Indian journal of veterinary science and animal husbandry - Volume 10,
Year: 1940
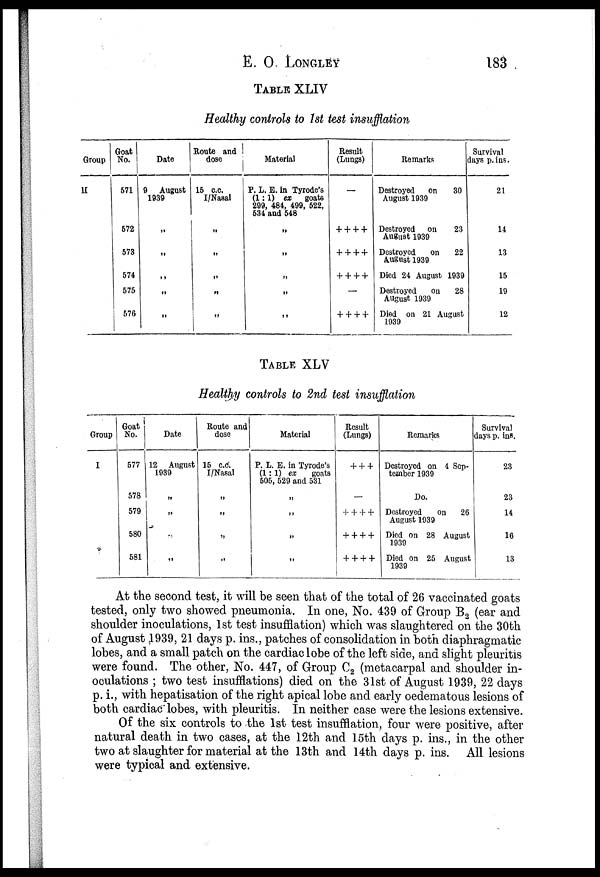
E.
O.
LONGLEY
183
TABLE XLIV
Healthy controls to 1st test insufflation
Group
H
Goat
No.
571
572
573
574
575
576
Date
9 August
1939
„
„
„
„
„
Route and
dose
15 c.c.
I/Nasal
„
„
„
„
„
Material
P. L. E. in Tyrode's
(1:1) ex goats
299, 484, 499, 522,
534 and 548
„
„
„
„
„
Result
(Lungs)
—
+ + + +
+ + + +
+ + + +
—
+ + + +
Remarks
Destroyed on 30
August 1939
Destroyed on 23
August 1939
Destroyed
on 22
August 1939
Died 24 August 1939
Destroyed
on 28
August 1939
Died on 21 August
1939
Survival
days p. ins.
21
14
13
15
19
12
TABLE XLV
Healthy controls to 2nd test insufflation
Group
I
Goat
No.
577
578
579
580
581
Date
12 August
1939
„
„
„
„
Route and
dose
15 c.c.
I/Nasal
„
„
„
„
Material
P. L. E. in Tyrode's
(1:1) ex
goats
505, 529 and 531
„
„
„
„
Result
(Lungs)
+ + +
—
+ + + +
+ + + +
+ + + +
Remarks
Destroyed on 4 Sep-
tember 1939
Do.
Destroyed
on 26
August 1939
Died on 28 August
1939
Died on 25 August
1939
Survival
days p. ins.
23
23
14
16
13
At the second test, it will be seen that of the total of 26 vaccinated goats
tested, only two showed pneumonia. In one, No. 439 of Group B 2 (ear and
shoulder inoculations, 1st test insufflation) which was slaughtered on the 30th
of August 1939, 21 days p. ins., patches of consolidation in both diaphragmatic
lobes, and a small patch on the cardiac lobe of the left side, and slight pleuritis
were found. The other, No. 447, of Group C 2 (metacarpal and shoulder in-
oculations ; two test insufflations) died on the 31st of August 1939, 22 days
p. i., with hepatisation of the right apical lobe and early oedematous lesions of
both cardiac lobes, with pleuritis. In neither case were the lesions extensive.
Of the six controls to the 1st test insufflation, four were positive, after
natural death in two cases, at the 12th and 15th days p. ins., in the other
two at slaughter for material at the 13th and 14th days p. ins. All lesions
were typical and extensive.